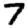
Digit: 7